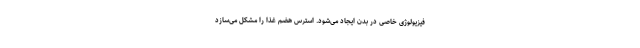
فیزیولوژی خاصی در بدن ایجاد می‌شود. استرس هضم غذا را مشکل می‌سازد